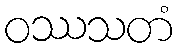
ဝဿသတံ